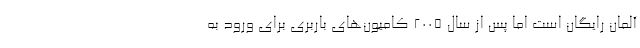
آلمان رایگان است اما پس از سال 2005 کامیون‌های باربری برای ورود به